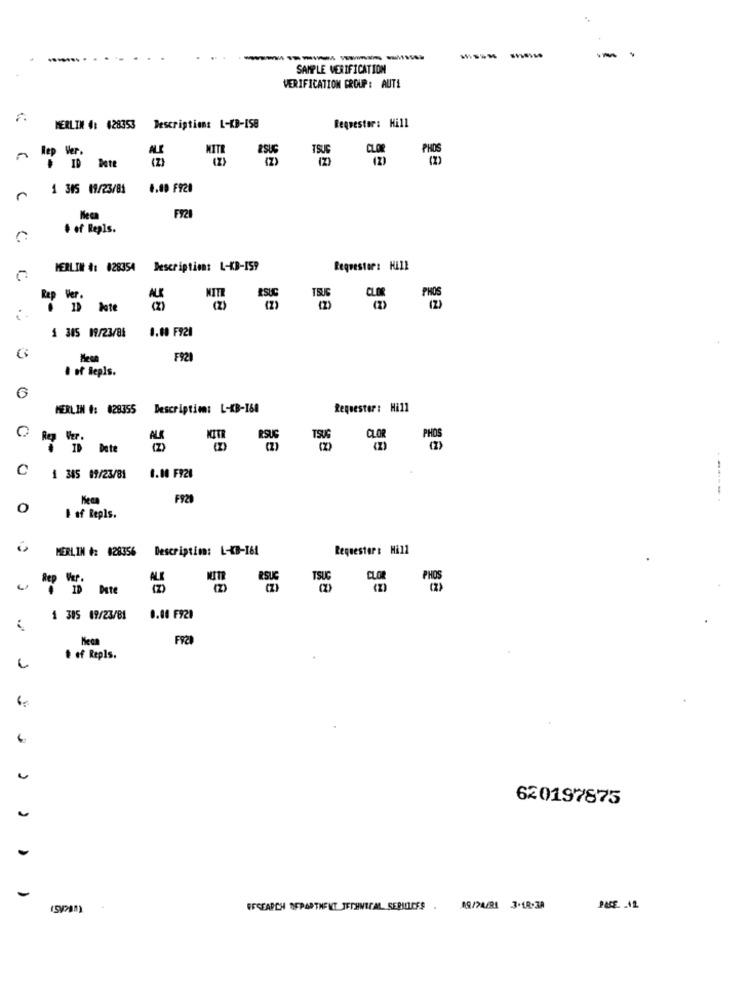
------- -
SAMPLE VERIFICATION
VERIFICATION GROUP: AUTE
MERLIN #: 428353
Description: L-KB-1SB
Requestor: Hill
Ver.
Bote
1 315 19/23/81
1.40 F928
Keen
& of Repls.
MERLIN #: 028354
Description: L-KB-ISP
Regrestor: Hill
Ver.
ALE
NITE
TSUG
Date
1 305 09/23/84
1.60 F928
Mesa
F921
# of Repls.
MERLIN #: 028355
Description: L-KB-168
Requestor: Hill
0
KITR
RSUS
TSUS
CLOR
ID Date
C
1 345 09/23/81
1.00 F928
F929
O
I of Repls.
MERLIN #2 #28356
Description: L-KB-161
Requester: Hill
Ver.
MITE
RSU
CLOR
Rep
Date
TSUE
1 305 49/23/81
0.00 F920
FR20
# of Repls.
2
620197875
-
FFSEARCH DEPARTMENT JFPUNTUAL SEPILLESS .